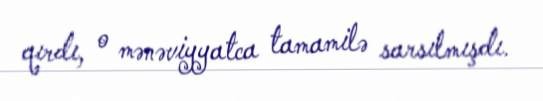
qırdı, o mənəviyyatca tamamilə sarsılmışdı.